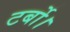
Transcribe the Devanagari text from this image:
टर्बो।